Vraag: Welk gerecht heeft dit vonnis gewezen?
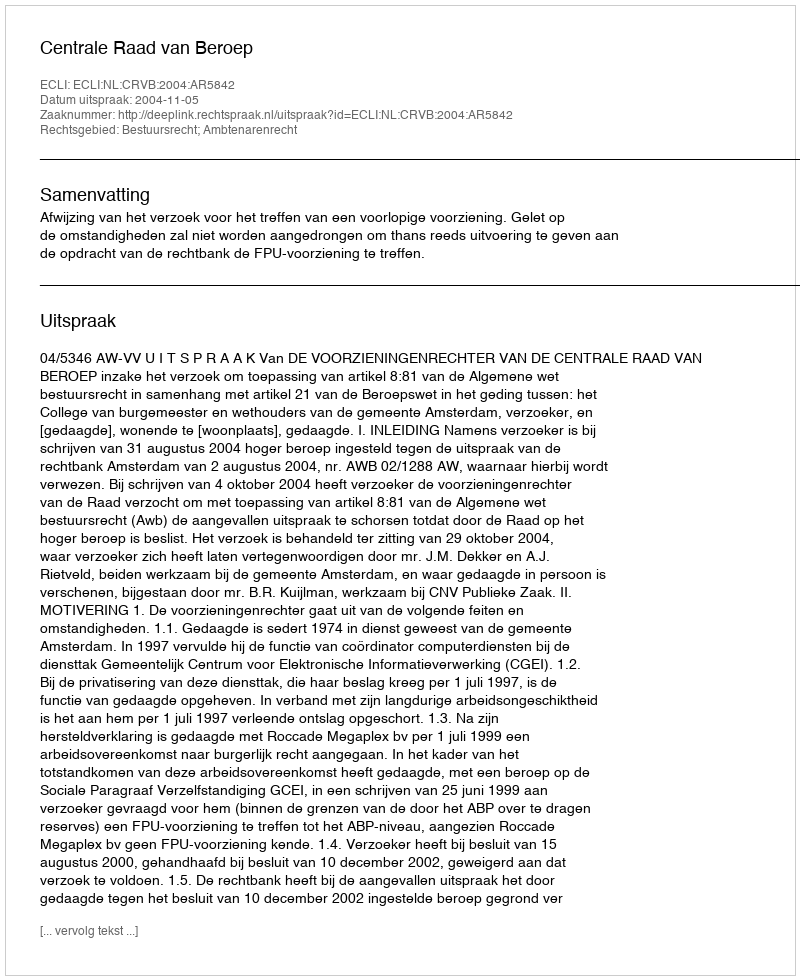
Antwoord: Centrale Raad van Beroep